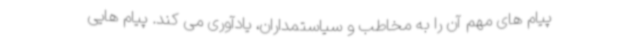
پیام های مهم آن را به مخاطب و سیاستمداران، یادآوری می کند. پیام هایی